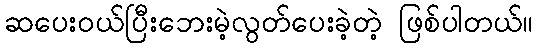
ဆပေးဝယ်ပြီးဘေးမဲ့လွတ်ပေးခဲ့တဲ့ ဖြစ်ပါတယ်။